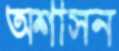
অশাসন